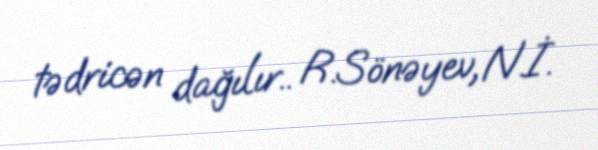
tədricən dağılır.. R.Sönəyev, N.İ.